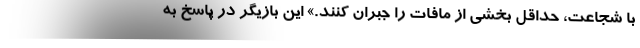
با شجاعت، حداقل بخشی از مافات را جبران کنند.» این بازیگر در پاسخ به